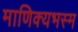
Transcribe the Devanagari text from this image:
माणिक्यभस्म